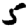
Digit: 5